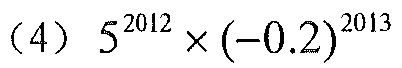
(4) \(5^{2012}\times(-0.2)^{2013}\)